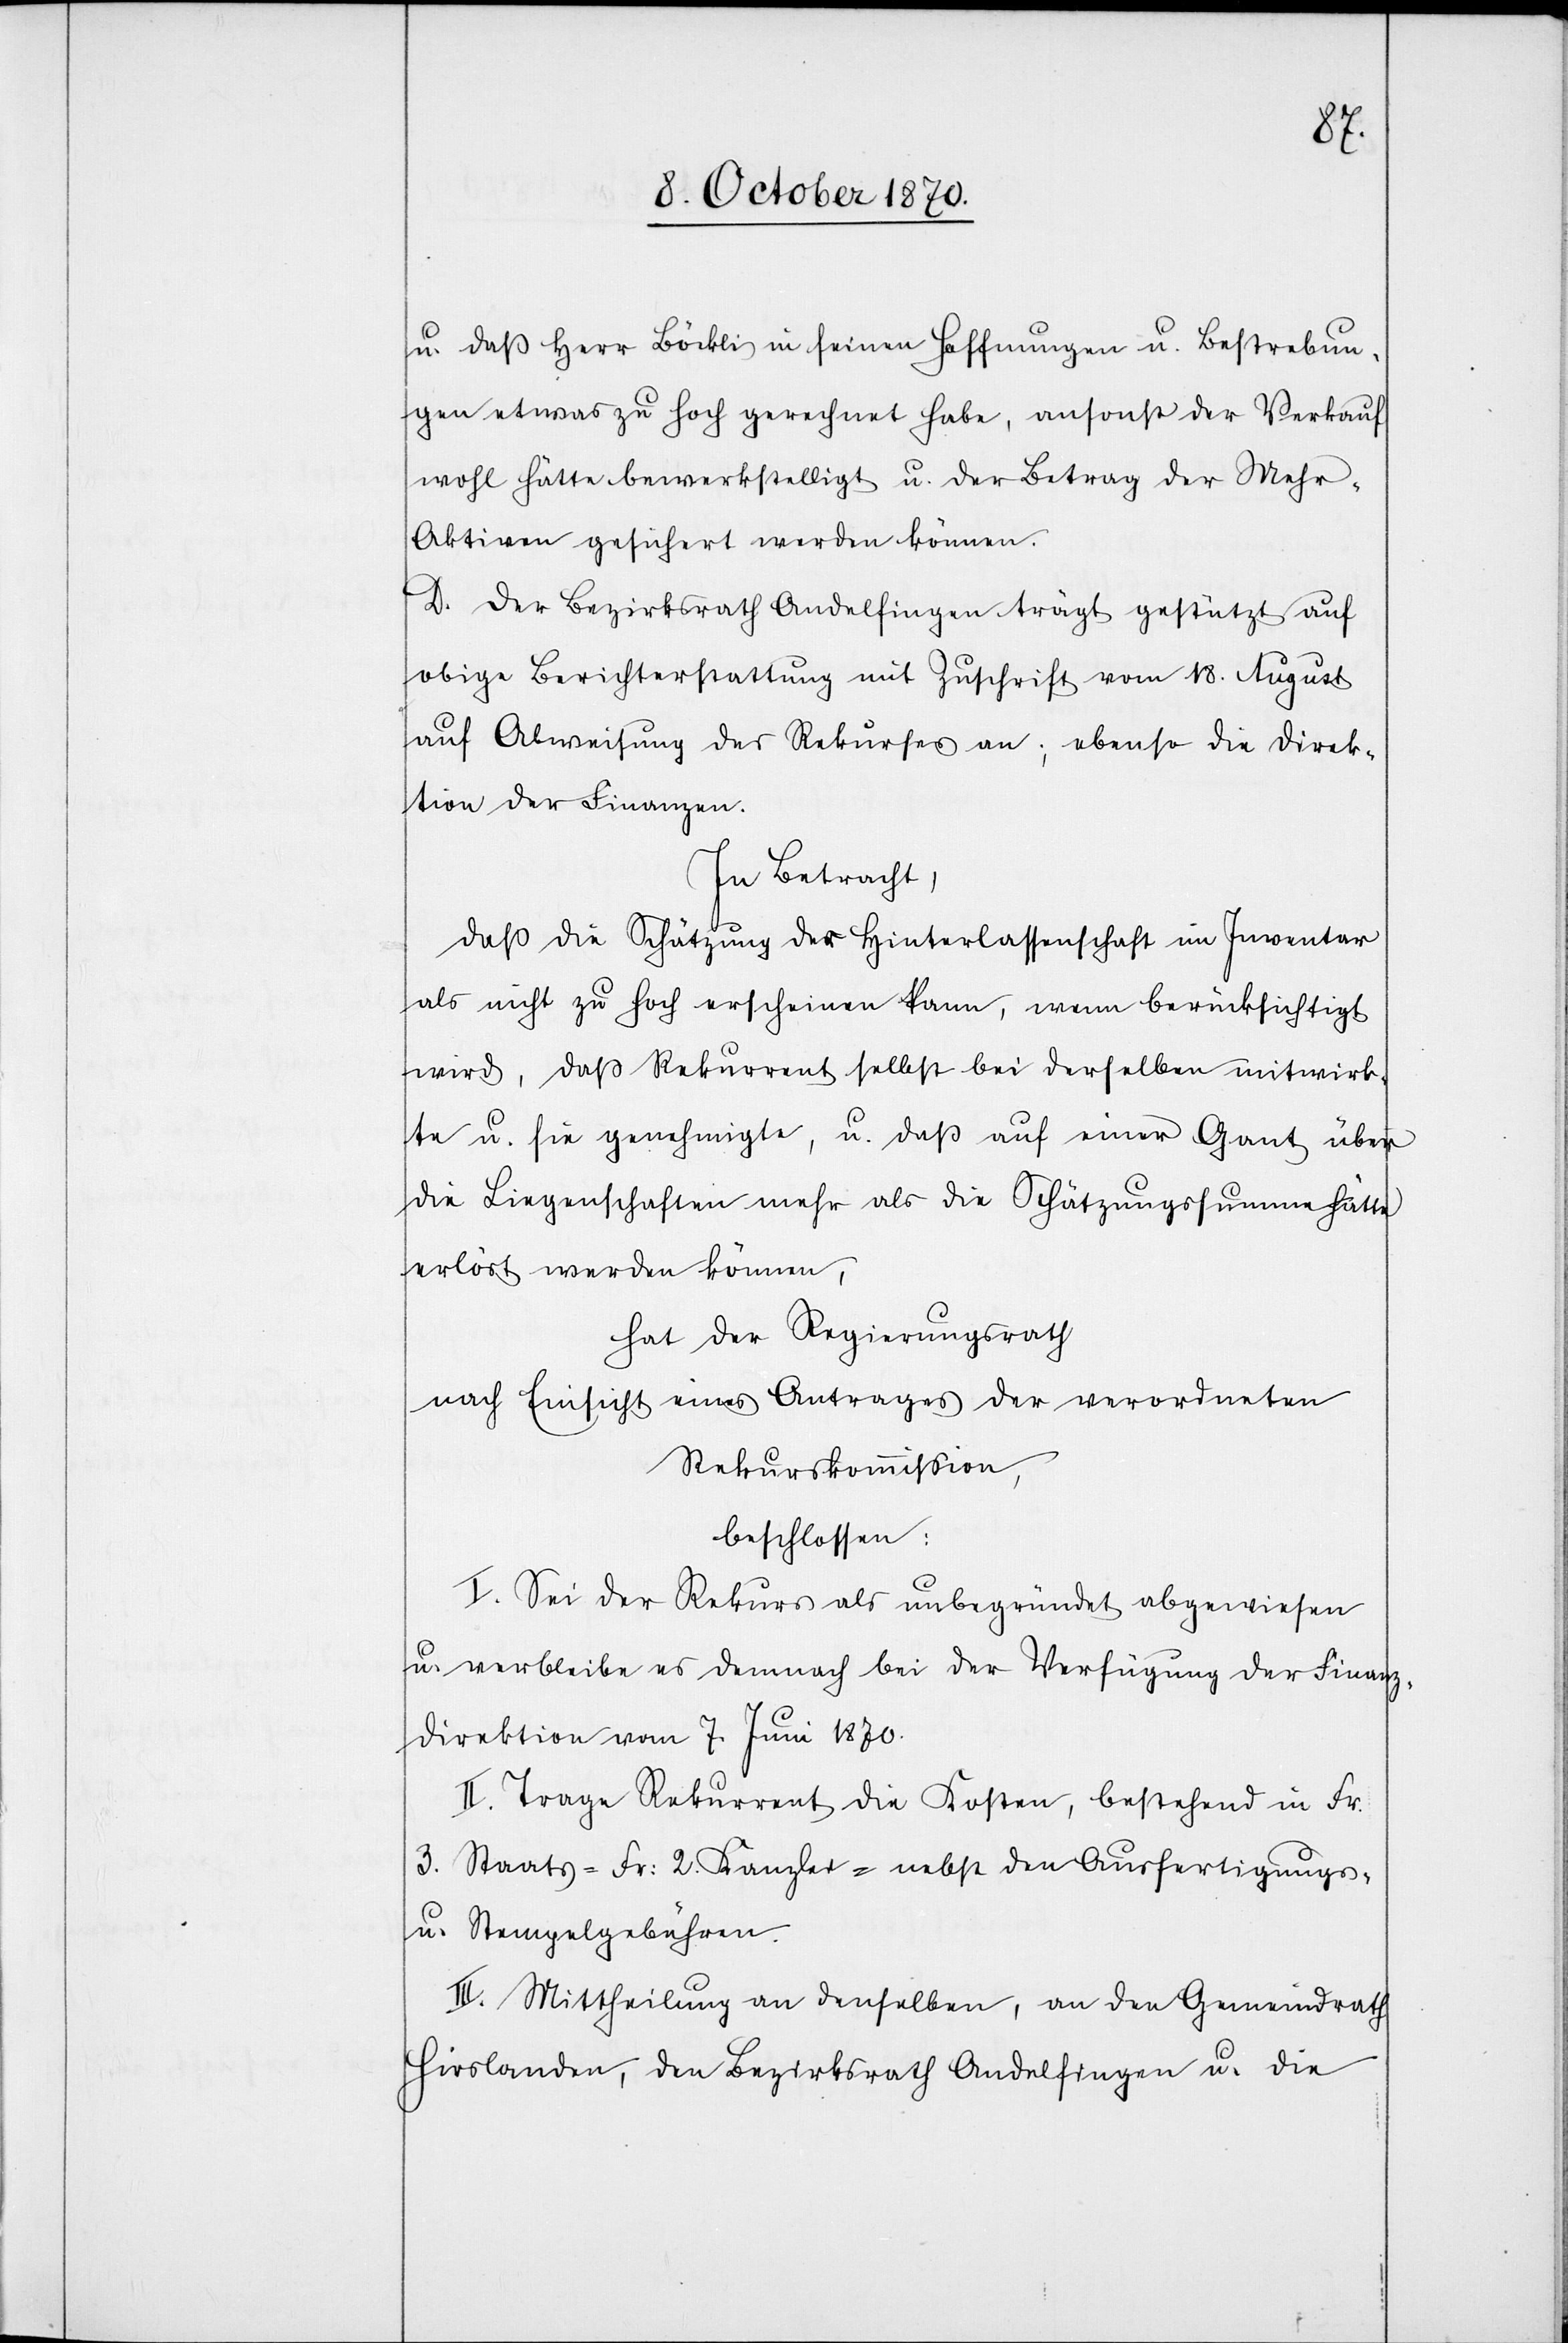
u. daß Herr Böckli in seinen Hoffnungen u. Bestrebun¬
gen etwas zu hoch gerechnet habe, ansonst der Verkauf
wohl hätte bewerkstelligt u. der Betrag der Mehr-A¬
ktiven gesichert werden können.
D. Der Bezirksrath Andelfingen trägt gestützt auf
obige Berichterstattung mit Zuschrift vom 18. August
auf Abweisung des Rekurses an; ebenso die Direk¬
tion der Finanzen.
In Betracht,
daß die Schätzung der Hinterlassenschaft im Inventar
als nicht zu hoch erscheinen kann, wenn berücksichtigt
wird, daß Rekurrent selbst bei derselben mitwirk¬
te u. für genehmigte, u. daß auf einer Ganz über
die Liegenschaften mehr als die Schätzungssumme hätte
erlöst werden können,
hat der Regierungsrath
nach Einsicht eines Antrages der verordneten
Rekurskommission,
beschlossen:
I. Sei der Rekurs als unbegründet abzuweisen
u. verbleibe es demnach bei der Verfügung der Finanz¬
direktion vom 7. Juni 1870.
II. Trage Rekurrent die Kosten, bestehen in Fr.
3. Staats-[,] Fr: 2 Kanzlei- nebst den Ausfertigungs-
u. Stempelgebühren.
III. Mittheilung an denselben, an den Gemeindrath
Hirslanden, den Bezirksrath Andelfingen u. die